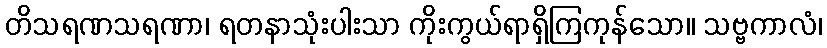
တိသရဏသရဏာ၊ ရတနာသုံးပါးသာ ကိုးကွယ်ရာရှိကြကုန်သော။ သဗ္ဗကာလံ၊